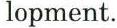
lopment.